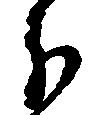
分